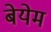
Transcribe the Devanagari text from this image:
बेयेम